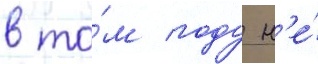
в то́м году н'е́